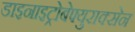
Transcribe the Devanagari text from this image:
डाइनाइट्रोबेफ्युराक्सेन